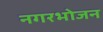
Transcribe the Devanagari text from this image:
नगरभोजन